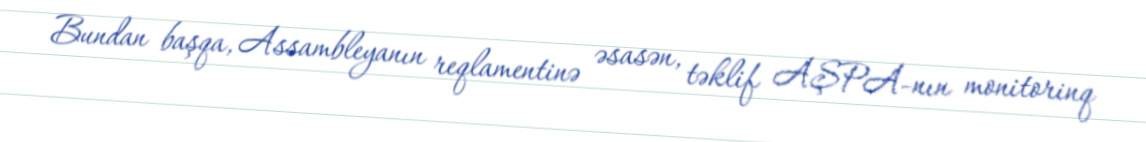
Bundan başqa, Assambleyanın reqlamentinə əsasən, təklif AŞPA-nın monitorinq